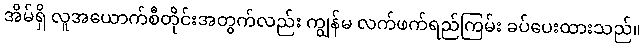
အိမ်ရှိ လူအယောက်စီတိုင်းအတွက်လည်း ကျွန်မ လက်ဖက်ရည်ကြမ်း ခပ်ပေးထားသည်။